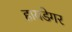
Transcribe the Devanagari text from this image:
हायडेगर